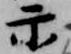
示